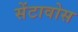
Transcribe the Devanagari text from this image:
सेंटावोस